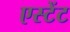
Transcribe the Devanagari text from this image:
एस्टेंट